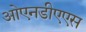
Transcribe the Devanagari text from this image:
ओएनडीएएस